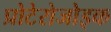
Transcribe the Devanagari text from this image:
प्रोटेरोजोइक